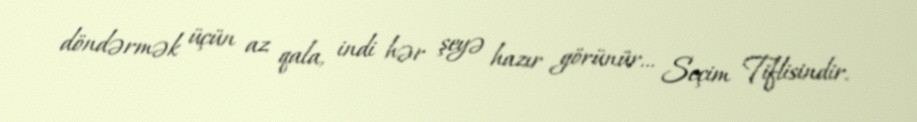
döndərmək üçün az qala, indi hər şeyə hazır görünür... Seçim Tiflisindir.